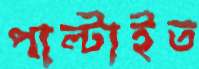
পাল্‌টাইত